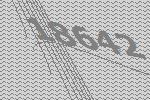
18642